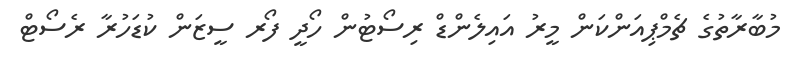
މުބާރާތުގެ ޗެމްޕިއަންކަން މީރު އައިލެންޑް ރިސޯޓުން ހޯދީ ފޯރ ސީޒަން ކުޑަހުރާ ރެސޯޓް